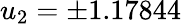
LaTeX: u_{2}=\pm 1.17844